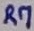
Text: R7